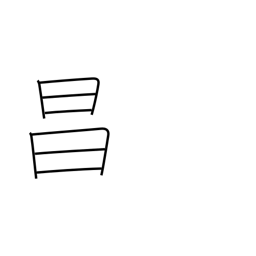
Meaning: bright